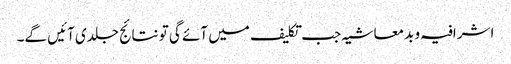
اشرافیہ و بدمعاشیہ جب تکلیف میں آئے گی تو نتائج جلدی آئیں گے۔